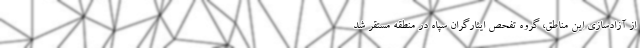
از آزادسازی این مناطق، گروه تفحص ایثارگران سپاه در منطقه مستقر شد